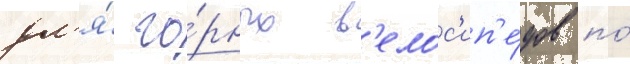
дл'я́ го́рных в'елос'ип'е́дов по́